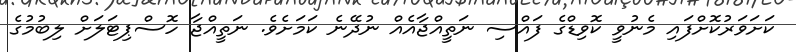
ކަށަވަރުކޮށްފައި މެނުވީ ކޮވިޑްގެ ފައްސި ނަތީއްޖާއެއް ނުދޭނެ ކަމަށެވެ. ނަތީއްޖާ ހޮސްޕިޓަލަށް ލިބުމުގެ